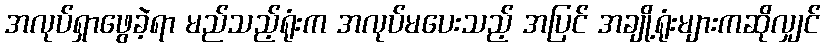
အလုပ်ရှာဖွေခဲ့ရာ မည်သည့်ရုံးက အလုပ်မပေးသည့် အပြင် အချို့ရုံးများကဆိုလျှင်